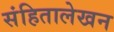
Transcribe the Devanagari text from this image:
संहितालेखन